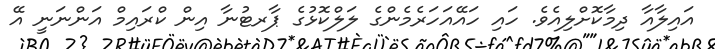
އައިލާއާ ދިމާކޮށްލިއެވެ. ހައި ހައޭއަހަރެމެންގެ ލަލްކޮޅުގެ ޕާރޓުނާ އިން ކްރައިމް އަންނަނީ އޭ